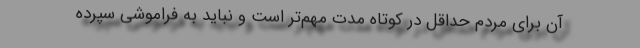
آن برای مردم حداقل در کوتاه مدت مهم‌تر است و نباید به فراموشی سپرده